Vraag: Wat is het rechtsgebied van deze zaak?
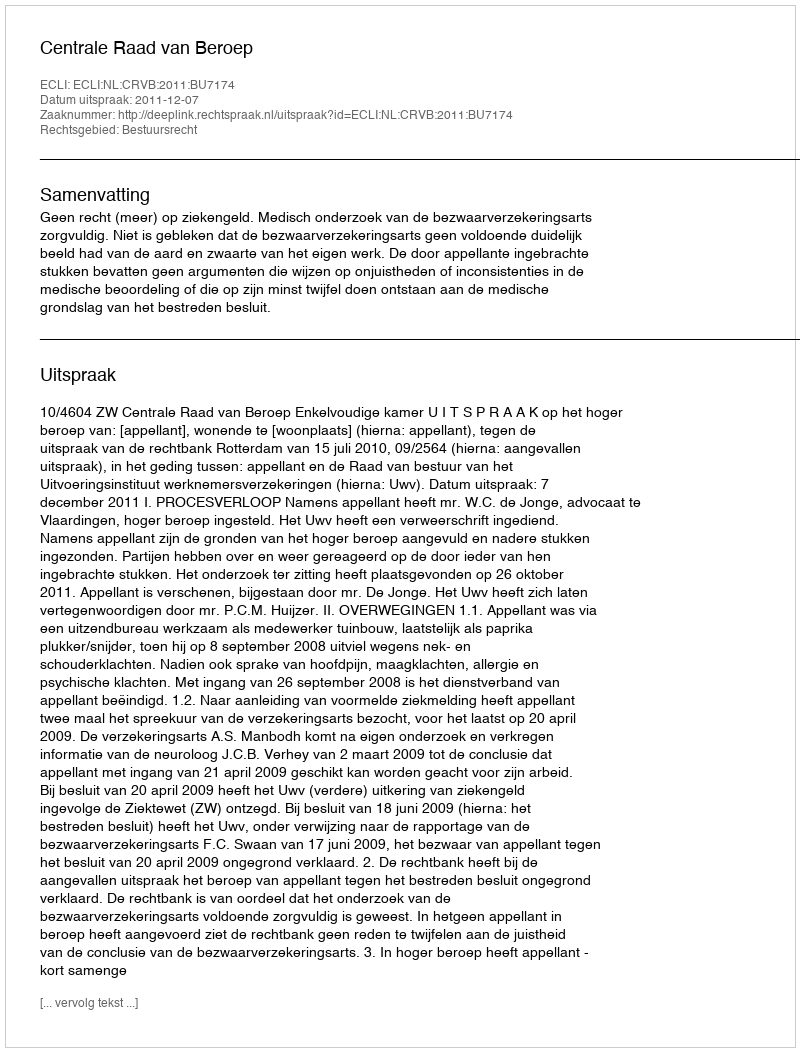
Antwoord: Bestuursrecht